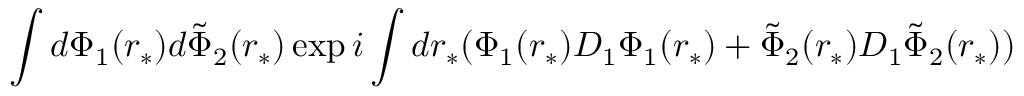
\int d \Phi _ { 1 } ( r _ { * } ) d \tilde { \Phi } _ { 2 } ( r _ { * } ) \exp { i \int d r _ { * } ( \Phi _ { 1 } ( r _ { * } ) { \cal D } _ { 1 } \Phi _ { 1 } ( r _ { * } ) + \tilde { \Phi } _ { 2 } ( r _ { * } ) { \cal D } _ { 1 } \tilde { \Phi } _ { 2 } ( r _ { * } ) ) }